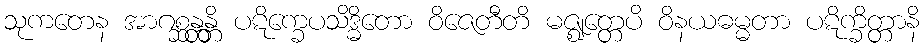
သုကတေန အာဂစ္ဆန္တန္တိ ပဋိက္ခေပသိဒ္ဓိတော ဝိဇေတီတိ မဇ္ဈတ္တေပိ ဝိနယဓမ္မတာ ပဋိက္ခိတ္တာနိ